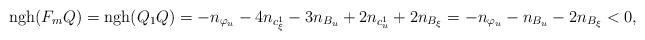
LaTeX: \begin{align*}\hbox{ngh}(F_mQ)=\hbox{ngh}(Q_1Q)=-n_{\varphi_u}-4n_{c^1_\xi}-3n_{B_u}+2n_{c^1_u}+2n_{B_\xi}=-n_{\varphi_u}-n_{B_u}-2n_{B_\xi}<0,\end{align*}